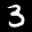
Label: 3